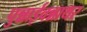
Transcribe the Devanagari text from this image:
पुन्नाईवन्नाथर